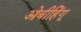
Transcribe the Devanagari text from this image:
ओबीहिंगू